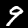
Digit: 9